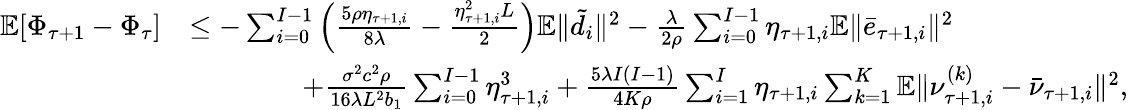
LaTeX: \begin{array}{rl}{\mathbb{E}[\Phi_{\tau+1}-\Phi_{\tau}]}&{\leq-\sum_{i=0}^{I-1}\left(\frac{5\rho\eta_{\tau+1,i}}{8\lambda}-\frac{\eta_{\tau+1,i}^{2}L}{2}\right)\mathbb{E}\| \tilde{d}_{i}\| ^{2}-\frac{\lambda}{2\rho}\sum_{i=0}^{I-1}\eta_{\tau+1,i}\mathbb{E}\| \bar{e}_{\tau+1,i}\| ^{2}}\\ &{\qquad\qquad+\frac{\sigma^{2}c^{2}\rho}{16\lambda L^{2}b_{1}}\sum_{i=0}^{I-1}\eta_{\tau+1,i}^{3}+{\frac{5\lambda I(I-1)}{4K\rho}}\sum_{i=1}^{I}\eta_{\tau+1,i}\sum_{k=1}^{K}\mathbb{E}\| \nu_{\tau+1,i}^{(k)}-\bar{\nu}_{\tau+1,i}\| ^{2},}\end{array}